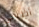
أظنني